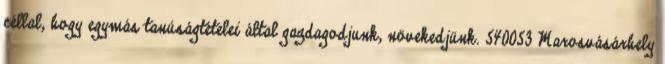
céllal, hogy egymás tanúságtételei által gazdagodjunk, növekedjünk. 540053 Marosvásárhely